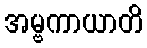
အမ္ဗကာယာတိ